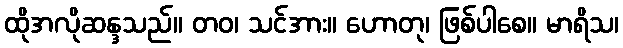
ထိုအလိုဆန္ဒသည်။ တဝ၊ သင်အား။ ဟောတု၊ ဖြစ်ပါစေ။ မာရိသ၊